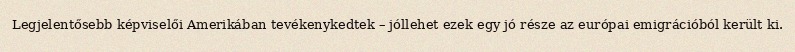
Legjelentősebb képviselői Amerikában tevékenykedtek – jóllehet ezek egy jó része az európai emigrációból került ki.